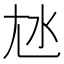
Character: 㝽